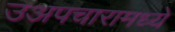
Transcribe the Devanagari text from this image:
उअपचारामध्ये